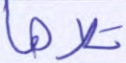
تلاها